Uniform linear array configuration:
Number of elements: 24
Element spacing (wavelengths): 0.25
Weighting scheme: blackman
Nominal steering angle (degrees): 15
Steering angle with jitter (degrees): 14.84
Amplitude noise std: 0.05
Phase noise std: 0.05

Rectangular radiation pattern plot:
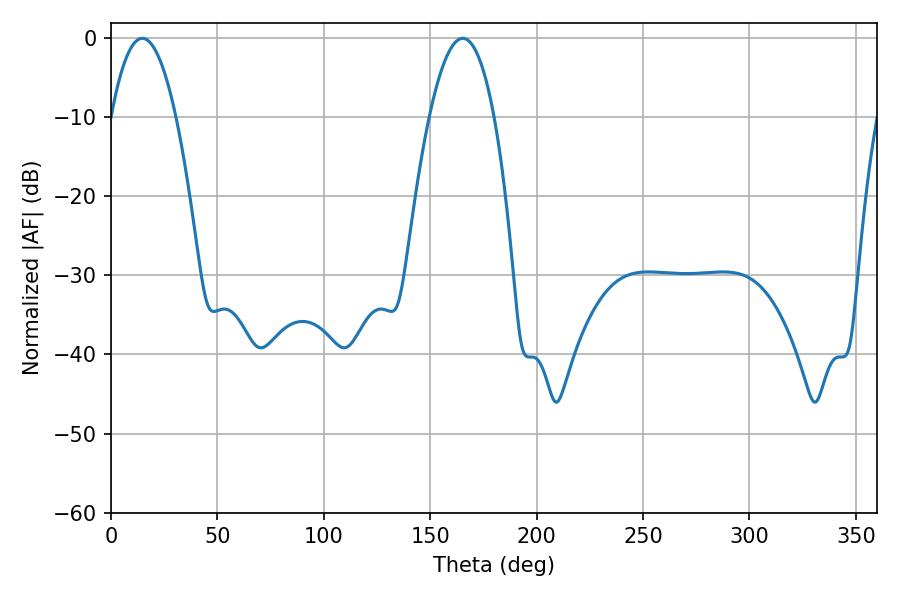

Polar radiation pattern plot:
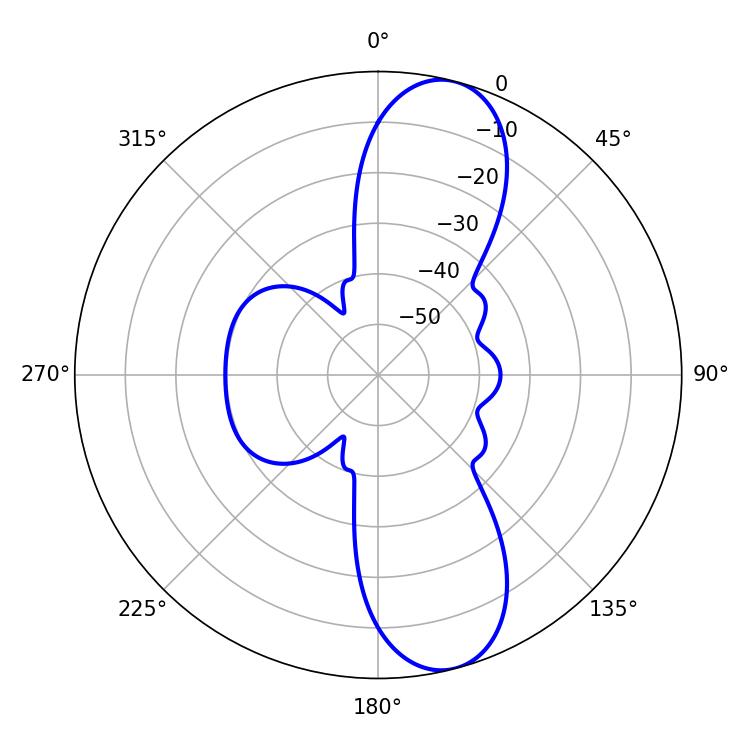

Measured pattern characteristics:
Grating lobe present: FALSE
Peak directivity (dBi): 10.951
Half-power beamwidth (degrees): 16.74
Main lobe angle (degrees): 14.76